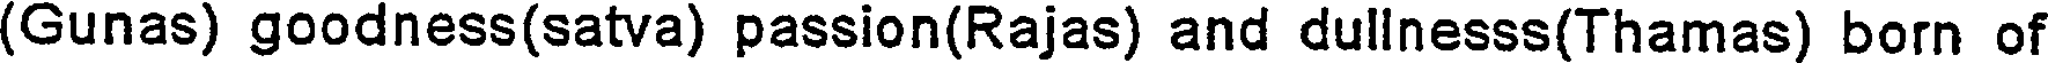
(Gunas) goodness(satva) passion(Rajas) and dullnesss(Thamas) born of